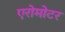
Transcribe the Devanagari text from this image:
एरोमोटर